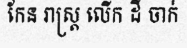
កែន រាស្ត្រ លើក ដី ចាក់